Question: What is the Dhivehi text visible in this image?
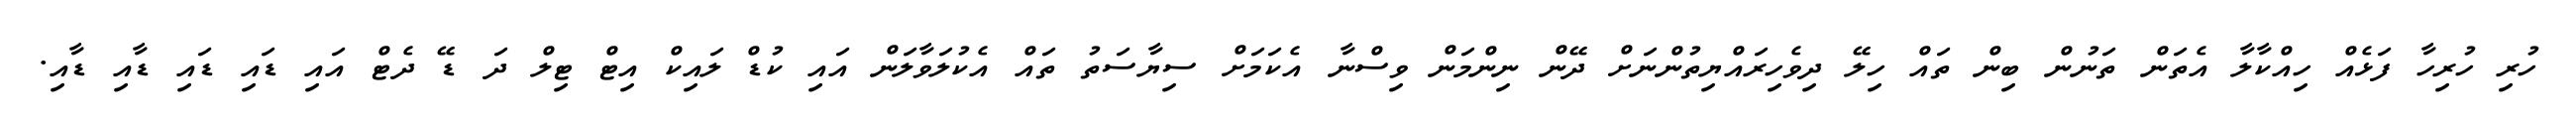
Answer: ހުރި ހުރިހާ ފަޅެއް ހިއްކާލާ އެތަން ތަނުން ބިން ތައް ހިލޭ ދިވެހިރައްޔިތުންނަށް ދޭން ނިންމަން ވިސްނާ އެކަމަށް ސިޔާސަތު ތައް އެކުލަވާލަން އައި ކުޑް ލައިކް އިޓް ޓިލް ދަ ޑޭ ދެޓް އައި ޑައި ޑައި ޑާއި ޑާއި.